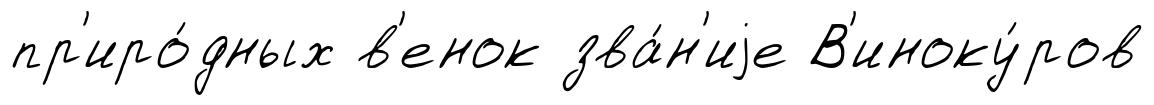
пр'иро́дных в'енок зва́н'иjе В'иноку́ров